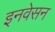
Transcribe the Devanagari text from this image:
इनवेसन